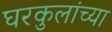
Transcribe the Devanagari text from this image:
घरकुलांच्या